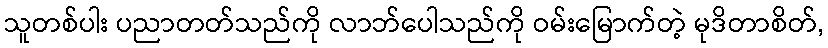
သူတစ်ပါး ပညာတတ်သည်ကို လာဘ်ပေါသည်ကို ဝမ်းမြောက်တဲ့ မုဒိတာစိတ်,